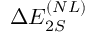
\Delta E _ { 2 S } ^ { ( N L ) }